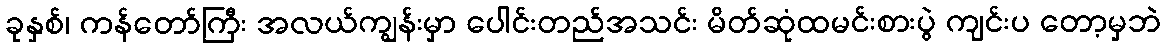
ခုနှစ်၊ ကန်တော်ကြီး အလယ်ကျွန်းမှာ ပေါင်းတည်အသင်း မိတ်ဆုံထမင်းစားပွဲ ကျင်းပ တော့မှဘဲ